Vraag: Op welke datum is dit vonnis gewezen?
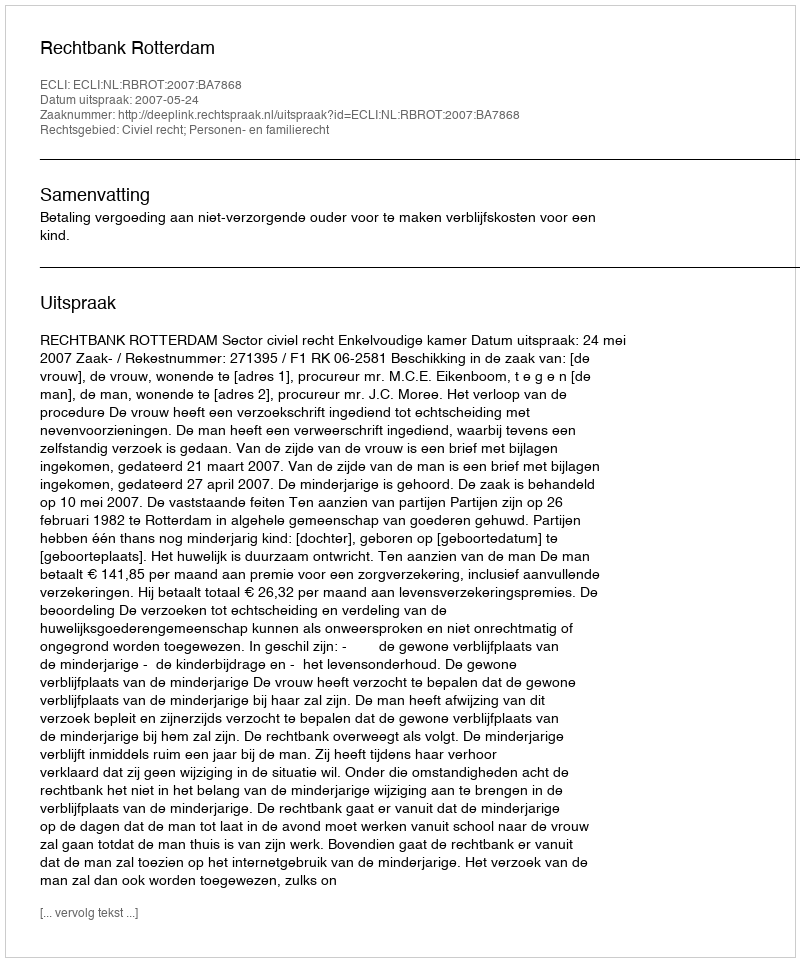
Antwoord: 2007-05-24